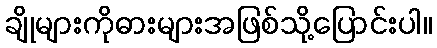
ချိုများကိုဓားများအဖြစ်သို့ပြောင်းပါ။